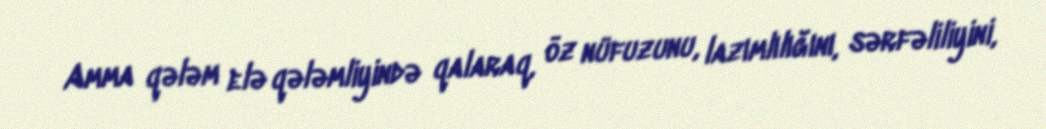
Amma qələm elə qələmliyində qalaraq, öz nüfuzunu, lazımlılığını, sərfəliliyini,